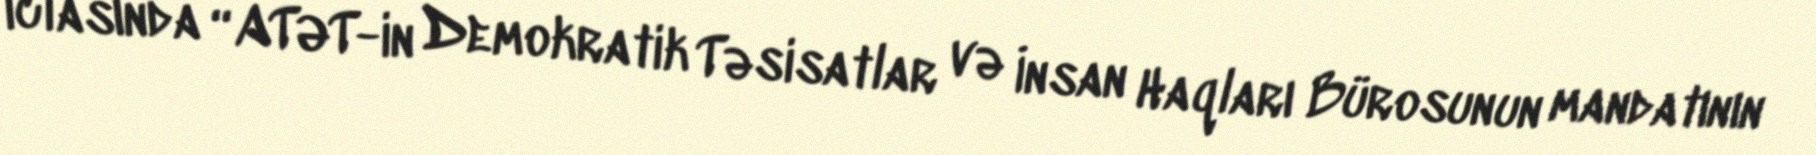
iclasında “ATƏT-in Demokratik Təsisatlar və İnsan Haqları Bürosunun mandatının